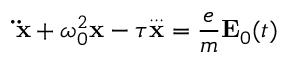
\mathbf { \ddot { x } } + \omega _ { 0 } ^ { 2 } \mathbf { x } - \tau \mathbf { \overset { . . . } { x } } = { \frac { e } { m } } \mathbf { E } _ { 0 } ( t )